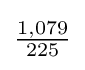
{\tfrac {1,079}{225}}